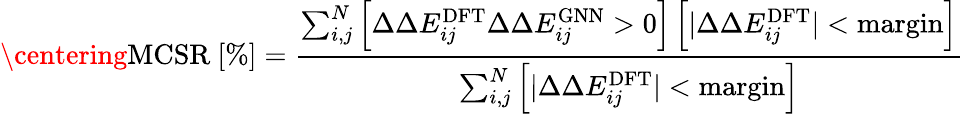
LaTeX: \centering\mathrm{MCSR~[\% ]}=\frac{\sum_{i,j}^{N}\left[\Delta\Delta E_{ij}^{\mathrm{DFT}}\Delta\Delta E_{ij}^{\mathrm{GNN}}>0\right]\left[\lvert\Delta\Delta E_{ij}^{\mathrm{DFT}}\rvert<\mathrm{margin}\right]}{\sum_{i,j}^{N}\left[\lvert\Delta\Delta E_{ij}^{\mathrm{DFT}}\rvert<\mathrm{margin}\right]}